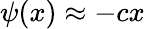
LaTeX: \psi(x)\approx-cx